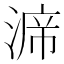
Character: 𭱙